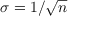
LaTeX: \sigma = 1 / { \sqrt { n } }